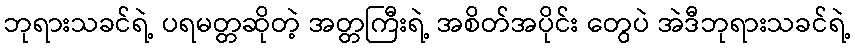
ဘုရားသခင်ရဲ့ ပရမတ္တဆိုတဲ့ အတ္တကြီးရဲ့ အစိတ်အပိုင်း တွေပဲ အဲဒီဘုရားသခင်ရဲ့